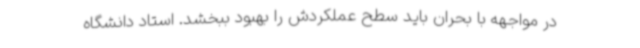
در مواجهه با بحران باید سطح عملکردش را بهبود ببخشد. استاد دانشگاه